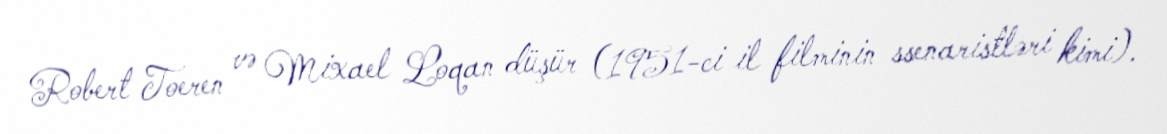
Robert Toeren və Mixael Loqan düşür (1951-ci il filminin ssenaristləri kimi).